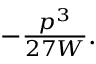
\textstyle - { \frac { p ^ { 3 } } { 2 7 W } } .